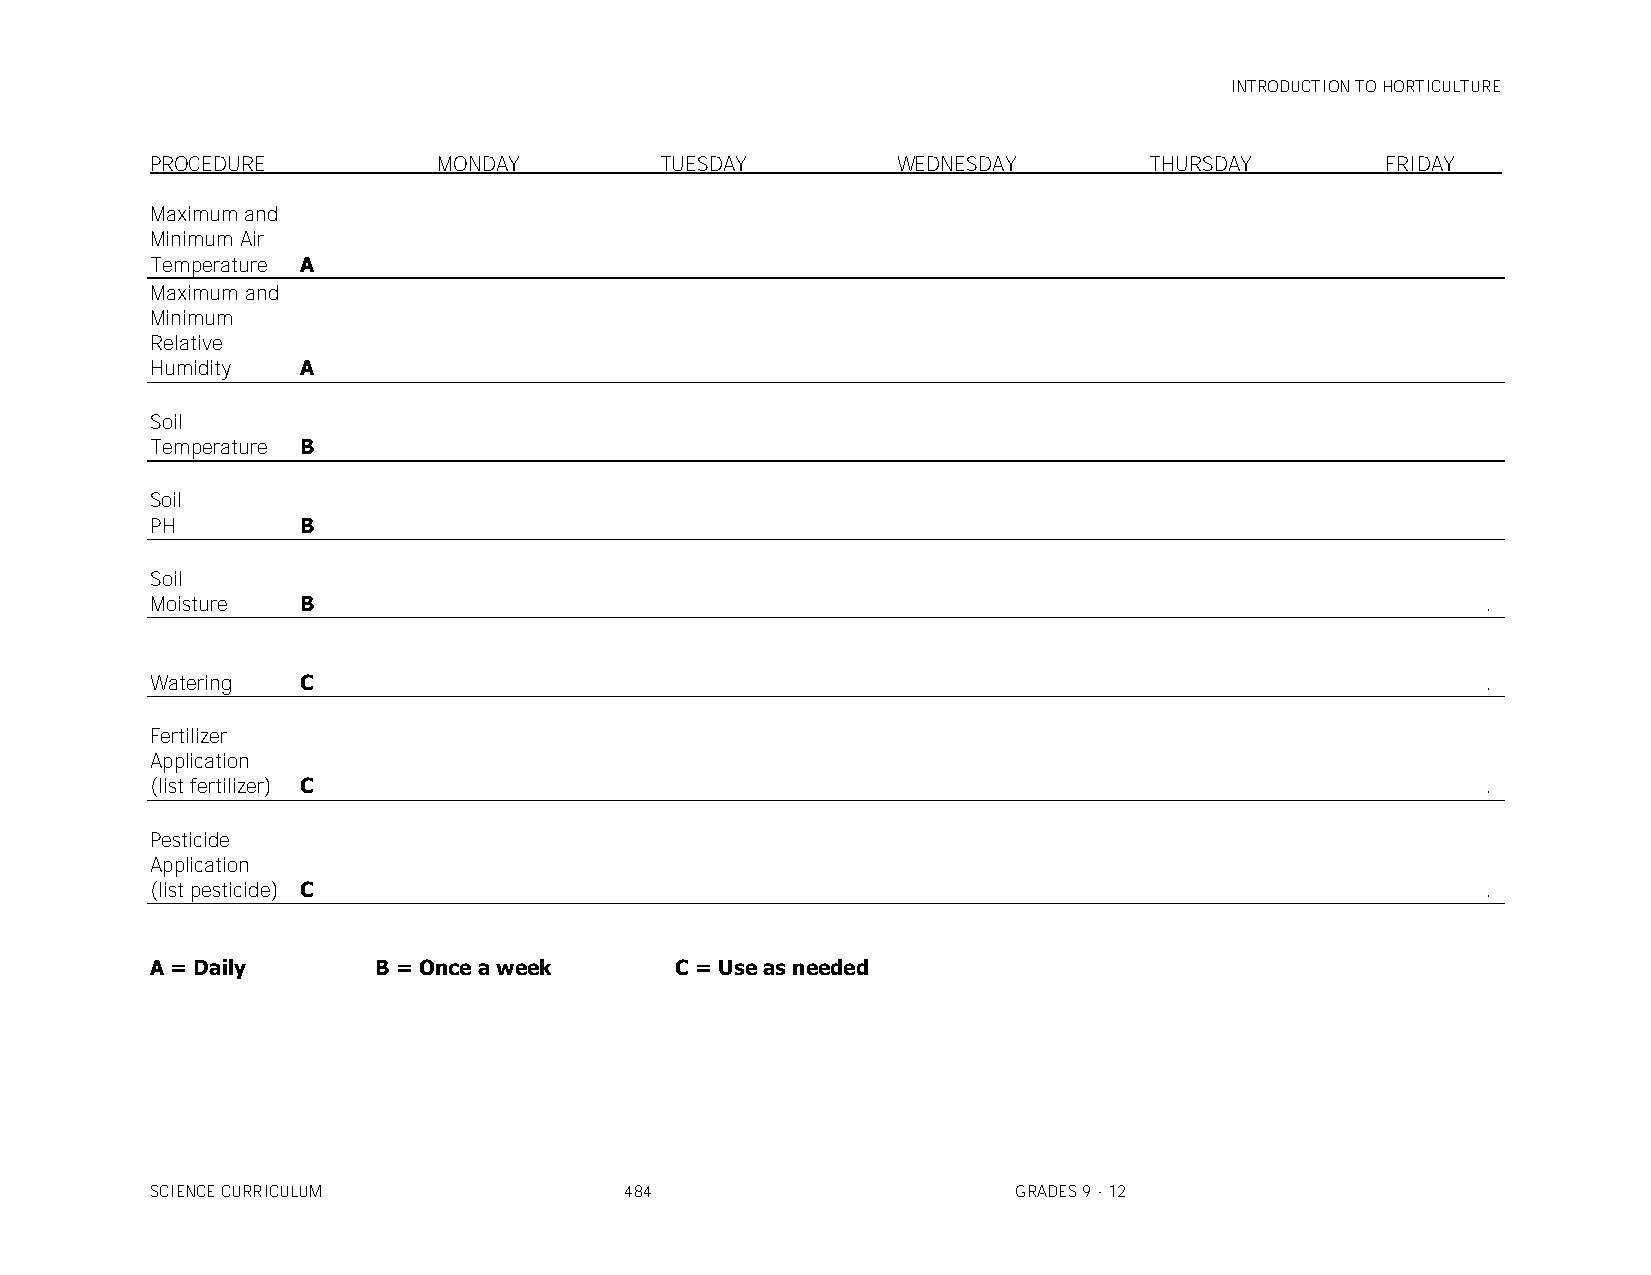
INTRODUCTION TO HORTICULTURE
 PROCEDURE          MONDAY         TUESDAY        WEDNESDAY        THURSDAY        FRIDAY____
 Maximum and
 Minimum Air
 Temperature A
 Maximum and
 Minimum
 Relative
 Humidity  A
 Soil
 Temperature B
 Soil
 PH        B
 Soil
 Moisture  B                                                                             .
 Watering  C                                                                             .
 Fertilizer
 Application
 (list fertilizer) C                                                                     .
 Pesticide
 Application
 (list pesticide) C                                                                      .
 A = Daily      B = Once a week     C = Use as needed
 SCIENCE CURRICULUM             484                       GRADES 9 - 12